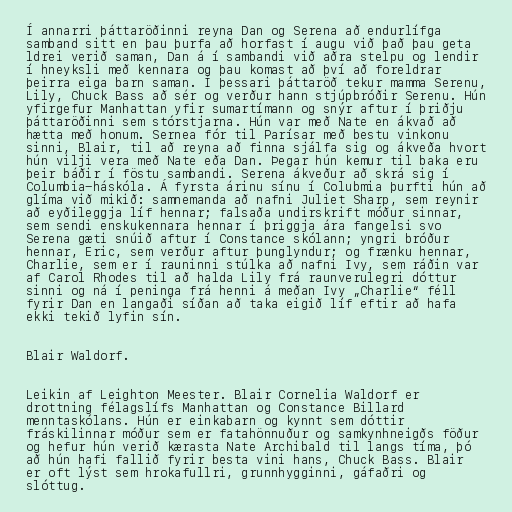
Í annarri þáttaröðinni reyna Dan og Serena að endurlífga
samband sitt en þau þurfa að horfast í augu við það þau geta
ldrei verið saman, Dan á í sambandi við aðra stelpu og lendir
í hneyksli með kennara og þau komast að því að foreldrar
þeirra eiga barn saman. Í þessari þáttaröð tekur mamma Serenu,
Lily, Chuck Bass að sér og verður hann stjúpbróðir Serenu. Hún
yfirgefur Manhattan yfir sumartímann og snýr aftur í þriðju
þáttaröðinni sem stórstjarna. Hún var með Nate en ákvað að
hætta með honum. Sernea fór til Parísar með bestu vinkonu
sinni, Blair, til að reyna að finna sjálfa sig og ákveða hvort
hún vilji vera með Nate eða Dan. Þegar hún kemur til baka eru
þeir báðir í föstu sambandi. Serena ákveður að skrá sig í
Columbia-háskóla. Á fyrsta árinu sínu í Colubmia þurfti hún að
glíma við mikið: samnemanda að nafni Juliet Sharp, sem reynir
að eyðileggja líf hennar; falsaða undirskrift móður sinnar,
sem sendi enskukennara hennar í þriggja ára fangelsi svo
Serena gæti snúið aftur í Constance skólann; yngri bróður
hennar, Eric, sem verður aftur þunglyndur; og frænku hennar,
Charlie, sem er í rauninni stúlka að nafni Ivy, sem ráðin var
af Carol Rhodes til að halda Lily frá raunverulegri dóttur
sinni og ná í peninga frá henni á meðan Ivy „Charlie“ féll
fyrir Dan en langaði síðan að taka eigið líf eftir að hafa
ekki tekið lyfin sín.

Blair Waldorf.

Leikin af Leighton Meester. Blair Cornelia Waldorf er
drottning félagslífs Manhattan og Constance Billard
menntaskólans. Hún er einkabarn og kynnt sem dóttir
fráskilinnar móður sem er fatahönnuður og samkynhneigðs föður
og hefur hún verið kærasta Nate Archibald til langs tíma, þó
að hún hafi fallið fyrir besta vini hans, Chuck Bass. Blair
er oft lýst sem hrokafullri, grunnhygginni, gáfaðri og
slóttug.